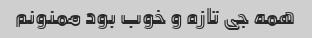
همه جی تازه و خوب بود ممنونم